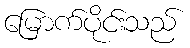
မြောက်ပိုင်းသည်